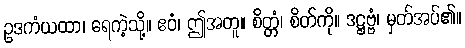
ဥဒကံယထာ၊ ရေကဲ့သို့။ ဧဝံ၊ ဤအတူ။ စိတ္တံ၊ စိတ်ကို။ ဒဋ္ဌဗ္ဗံ၊ မှတ်အပ်၏။